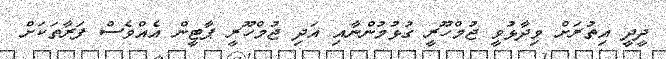
ދީދީ އިތުރަށް ވިދާޅުވީ ޖުމްހޫރީ ގުޅުމުންނާއި އަދި ޖުމްހޫރީ ޕާޓީން އެއްވެސް ފަރާތަކަށް